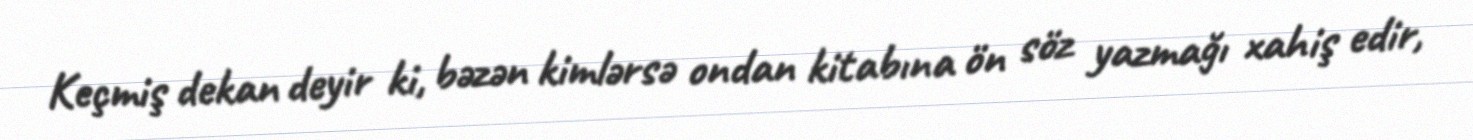
Keçmiş dekan deyir ki, bəzən kimlərsə ondan kitabına ön söz yazmağı xahiş edir,